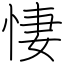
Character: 悽